Vaccination in Bombay 1889-1901 - 1889-1901
Year: 1889
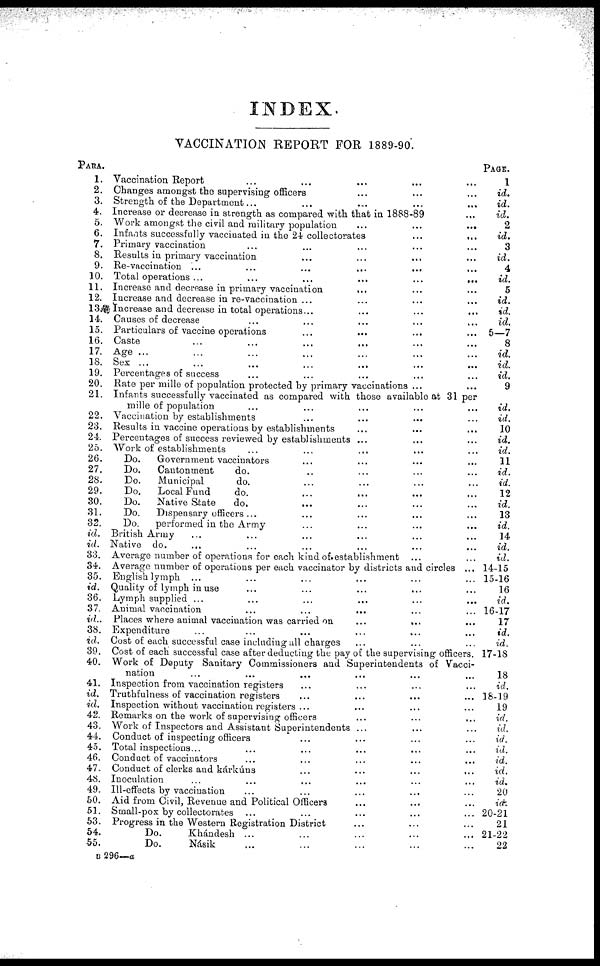
INDEX.
VACCINATION REPORT FOR 1889-90.
PARA.
1.
2.
3.
4.
5.
6.
7.
8.
9.
10.
11.
12.
13.
14.
15.
16.
17.
18.
19.
20.
21.
22.
23.
24.
25.
26.
27.
28.
29.
30.
31.
32.
id.
id.
33.
34.
35.
id.
36.
37.
id..
38.
id.
39.
40.
41.
id.
id.
42.
43.
44.
45.
46.
47.
48.
49.
50.
51.
53.
54.
55.
Vaccination Report ... ... ... ... ...
Changes amongst the supervising officers ... ... ...
Strength of the Department... ... ... ... ...
Increase or decrease in strength as compared with that in 1888-89 ...
Work amongst the civil and military population
...
...
...
Infants successfully vaccinated in the 24 collectorates
...
...
Primary vaccination ... ... ... ... ...
Results in primary vaccination
...
...
...
...
Re-vaccination ... ... ... ... ... ...
Total operations ...
...
...
...
...
...
Increase and decrease in primary vaccination
... ... ...
Increase and decrease in re-vaccination ... ... ... ...
Increase and decrease in total operations...
...
...
...
Causes of decrease ... ... ... ... ...
Particulars of vaccine operations ... ... ... ...
Caste ... ... ... ... ... ...
Age ... ... ... ... ... ... ...
Sex ...
...
...
...
...
...
...
Percentages of success ... ... ... ... ...
Rate per mille of population protected by primary vaccinations ... ...
Infants successfully vaccinated as compared with those available at 31 per
mille of population ... ... ... ... ...
Vaccination by establishments ... ... ... ...
Results in vaccine operations by establishments ... ... ...
Percentages of success reviewed by establishments ... ... ...
Work of establishments ... ... ... ... ...
Do.
Government vaccinators ... ... ... ...
Do.
Cantonment
do. ... ... ... ...
Do.
Municipal
do. ... ... ... ...
Do.
Local Fund
do. ... ... ... ...
Do.
Native State
do. ... ... ... ...
Do.
Dispensary officers ... ... ... ... ...
Do.
performed in the Army ... ... ... ...
British Army ... ... ... ... ... ...
Native do. ... ... ... ... ... ...
Average number of operations for each kind of establishment ... ...
Average number of operations per each vaccinator by districts and circles ...
English lymph ...
...
...
... ... ...
Quality of lymph in use ... ... ... ... ...
Lymph supplied ... ... ... ... ... ...
Animal vaccination ... ... ... ... ...
Places where animal vaccination was carried on ... ... ...
Expenditure ... ... ... ... ...
Cost of each successful case including all charges ... ... ...
Cost of each successful case after deducting the pay of the supervising officers.
Work of Deputy Sanitary Commissioners and Superintendents of Vacci-
nation ... ... ... ... ... ...
Inspection from vaccination registers ... ... ... ...
Truthfulness of vaccination registers ... ... ... ...
Inspection without vaccination registers ... ... ... ...
Remarks on the work of supervising officers
...
...
...
Work of Inspectors and Assistant Superintendents ... ... ... ...
Conduct of inspecting officers ... ... ... ... ...
Total inspections... ... ... ... ... ...
Conduct of vaccinators ... ... ... ... ...
Conduct of clerks and kárkúns ... ... ... ...
Inoculation ... ... ... ... ...
Ill-effects by vaccination ... ... ... ... ...
Aid from Civil, Revenue and Political Officers ... ... ...
Small-pox by collectorates ... ... ... ...
Progress in the Western Registration District ... ... ...
Do.
Khándesh ... ... ... ... ...
Do.
Násik ... ... ... ... ...
PAGE.
1
id.
id.
id.
2
id.
3
id.
4
id.
5
id.
id.
id.
5—7
8
id.
id.
id.
9
id.
id.
10
id.
id.
11
id.
id.
12
id.
13
id.
14
id.
id.
14-15
15-16
16
id.
16-17
17
id.
id.
17-18
18
id.
18-19
19
id.
id.
id.
id.
id.
id.
id.
20
id.
20-21
21
21-22
22
B 296—a